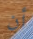
أن